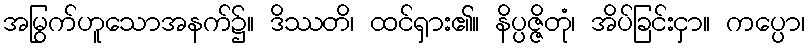
အမြွက်ဟူသောအနက်၌။ ဒိဿတိ၊ ထင်ရှား၏။ နိပ္ပဇ္ဇိတုံ၊ အိပ်ခြင်းငှာ။ ကပ္ပော၊